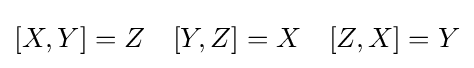
[X,Y]=Z\quad [Y,Z]=X\quad [Z,X]=Y